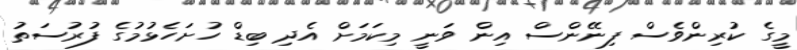
މީގެ ކުރިންވެސް ފިނޭންސް އިން ވަނީ މިކަމަށް އެދި ބިޑް ހުށަހެޅުމުގެ ފުރުސަތު